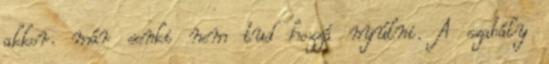
akkor. már senki nem tud hozzá nyúlni. A szabály